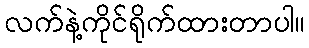
လက်နဲ့ကိုင်ရိုက်ထားတာပါ။